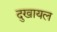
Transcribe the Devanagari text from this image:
दुखायल